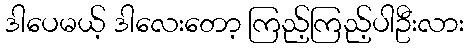
ဒါပေမယ့် ဒါလေးတော့ ကြည့်ကြည့်ပါဦးလား